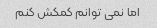
اما نمی توانم کمکش کنم